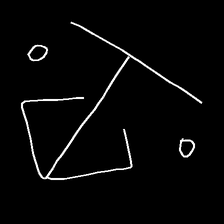
Glyph: earth